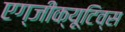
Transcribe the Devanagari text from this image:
एग्जीक्यूटिव्स